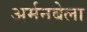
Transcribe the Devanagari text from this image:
अर्मनबेला